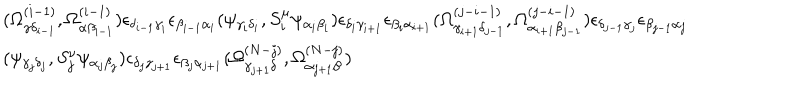
LaTeX: \begin{array} { l } { { ( \Omega _ { \gamma \delta _ { i - 1 } } ^ { ( i - 1 ) } , \Omega _ { \alpha \beta _ { i - 1 } } ^ { ( i - 1 ) } ) \epsilon _ { \delta _ { i - 1 } \gamma _ { i } } \epsilon _ { \beta _ { i - 1 } \alpha _ { i } } ( \psi _ { \gamma _ { i } \delta _ { i } } , S _ { i } ^ { \mu } \psi _ { \alpha _ { i } \beta _ { i } } ) \epsilon _ { \delta _ { i } \gamma _ { i + 1 } } \epsilon _ { \beta _ { i } \alpha _ { i + 1 } } ( \Omega _ { \gamma _ { i + 1 } \delta _ { j - 1 } } ^ { ( j - i - 1 ) } , \Omega _ { \alpha _ { i + 1 } \beta _ { j - 1 } } ^ { ( j - i - 1 ) } ) \epsilon _ { \delta _ { j - 1 } \gamma _ { j } } \epsilon _ { \beta _ { j - 1 } \alpha _ { j } } } } \\ { { ( \psi _ { \gamma _ { j } \delta _ { j } } , S _ { j } ^ { \nu } \psi _ { \alpha _ { j } \beta _ { j } } ) \epsilon _ { \delta _ { j } \gamma _ { j + 1 } } \epsilon _ { \beta _ { j } \alpha _ { j + 1 } } ( \Omega _ { \gamma _ { j + 1 } \delta } ^ { ( N - j ) } , \Omega _ { \alpha _ { j + 1 } \beta } ^ { ( N - j ) } ) } } \\ \end{array}